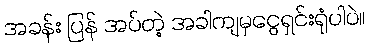
အခန်း ပြန် အပ်တဲ့ အခါကျမှငွေရှင်းရုံပါပဲ။